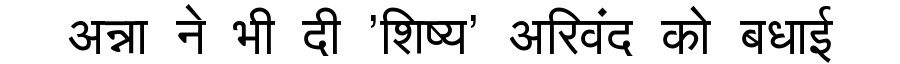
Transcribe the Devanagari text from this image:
अन्ना ने भी दी 'शिष्य' अरिवंद को बधाई